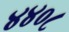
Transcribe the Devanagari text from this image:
४४०८